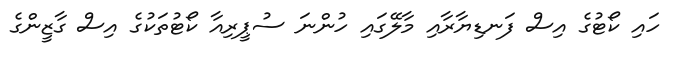
ހައި ކޯޓުގެ އިސް ފަނޑިޔާރާއި މާލޭގައި ހުންނަ ސުޕީރިއާ ކޯޓުތަކުގެ އިސް ގާޒީންގެ